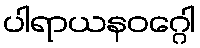
ပါရာယနဝဂ္ဂေါ